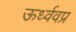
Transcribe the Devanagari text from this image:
ऊर्ध्ववप्र